Vaccination in Bombay 1889-1901 - 1889-1901
Year: 1889
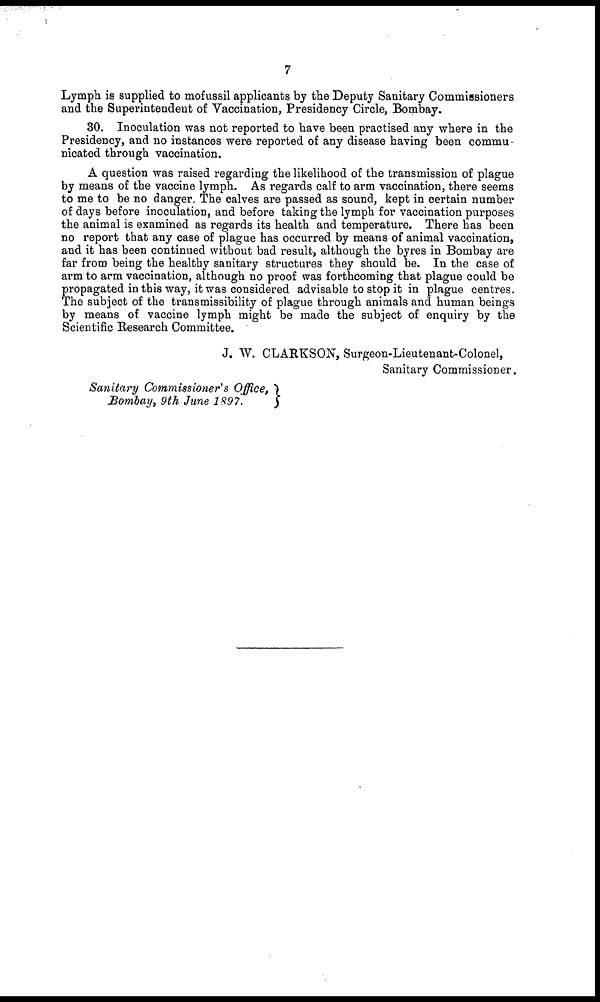
7
Lymph is supplied to mofussil applicants by the Deputy Sanitary Commissioners
and the Superintendent of Vaccination, Presidency Circle, Bombay.
30. Inoculation was not reported to have been practised any where in the
Presidency, and no instances were reported of any disease having been commu-
nicated through vaccination.
A question was raised regarding the likelihood of the transmission of plague
by means of the vaccine lymph. As regards calf to arm vaccination, there seems
to me to be no danger. The calves are passed as sound, kept in certain number
of days before inoculation, and before taking the lymph for vaccination purposes
the animal is examined as regards its health and temperature. There has been
no report that any case of plague has occurred by means of animal vaccination,
and it has been continued without bad result, although the byres in Bombay are
far from being the healthy sanitary structures they should be. In the case of
arm to arm vaccination, although no proof was forthcoming that plague could be
propagated in this way, it was considered advisable to stop it in plague centres.
The subject of the transmissibility of plague through animals and human beings
by means of vaccine lymph might be made the subject of enquiry by the
Scientific Research Committee.
J. W. CLARKSON, Surgeon-Lieutenant-Colonel,
Sanitary Commissioner.
Sanitary Commissioner's Office,
Bombay, 9th June 1897.